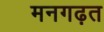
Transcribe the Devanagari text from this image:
मनगढ़त